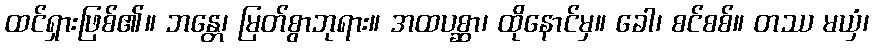
ထင်ရှားဖြစ်၏။ ဘန္တေ၊ မြတ်စွာဘုရား။ အထပစ္ဆာ၊ ထိုနောင်မှ။ ခေါ၊ စင်စစ်။ တဿ မယှံ၊